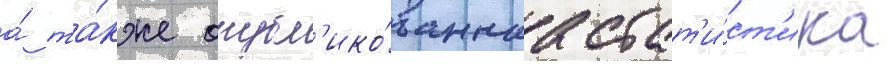
а́ та́кже опубл'ико́ваннаа стат'и́ст'ика